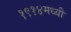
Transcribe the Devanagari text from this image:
१९१४मध्यी